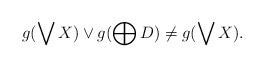
LaTeX: \begin{align*}g(\bigvee X) \vee g(\bigoplus D) \not= g(\bigvee X).\end{align*}